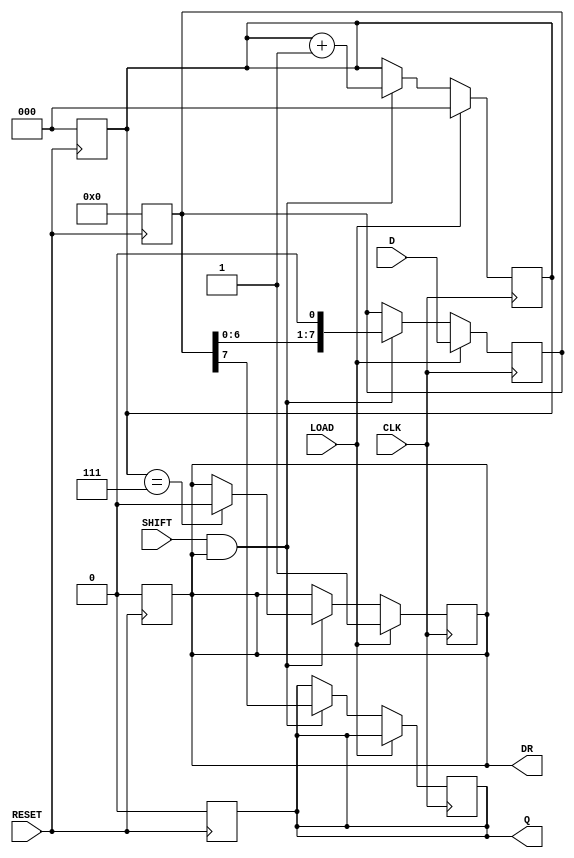
module PISO_Register (
    input wire [7:0] D,      // 8-bit data input
    input wire LOAD,         // Load control signal
    input wire SHIFT,        // Shift control signal
    input wire CLK,          // Clock signal
    input wire RESET,        // Asynchronous reset signal
    output reg Q,            // Serial output
    output reg DR            // Data ready signal
);

    reg [7:0] REG;           // 8-bit storage register
    reg [2:0] bit_count;     // Counter for the number of bits shifted out

    // Asynchronous reset
    always @(posedge RESET) begin
        REG <= 8'b0;         // Clear the register
        Q <= 1'b0;           // Clear the serial output
        DR <= 1'b0;          // Clear data ready signal
        bit_count <= 3'b0;   // Reset bit counter
    end

    // Main operation
    always @(posedge CLK) begin
        if (LOAD) begin
            REG <= D;         // Load data into the register
            bit_count <= 3'b0; // Reset bit counter
            DR <= 1'b1;       // Indicate data is ready to be shifted out
        end
        else if (SHIFT && DR) begin
            Q <= REG[7];      // Output the MSB to Q
            REG <= {REG[6:0], 1'b0}; // Shift left
            bit_count <= bit_count + 1; // Increment bit counter
            
            // Check if all bits have been shifted out
            if (bit_count == 3'b111) begin
                DR <= 1'b0;   // Clear data ready signal after all bits shifted
            end
        end
    end

endmodule